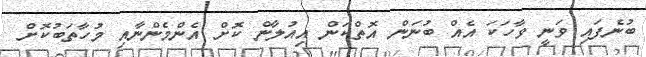
ބުނެފައި ވަނީ ވާހަކަ އެއް ބުނަން އޮތްކަން އިއުލާން ކޮށް އެންމެންނާއި މުހާތަބުކޮށް